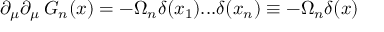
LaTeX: \partial _ { \mu } \partial _ { \mu } \, G _ { n } ( x ) = - \Omega _ { n } \delta ( x _ { 1 } ) . . . \delta ( x _ { n } ) \equiv - \Omega _ { n } \delta ( x )